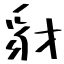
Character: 豺